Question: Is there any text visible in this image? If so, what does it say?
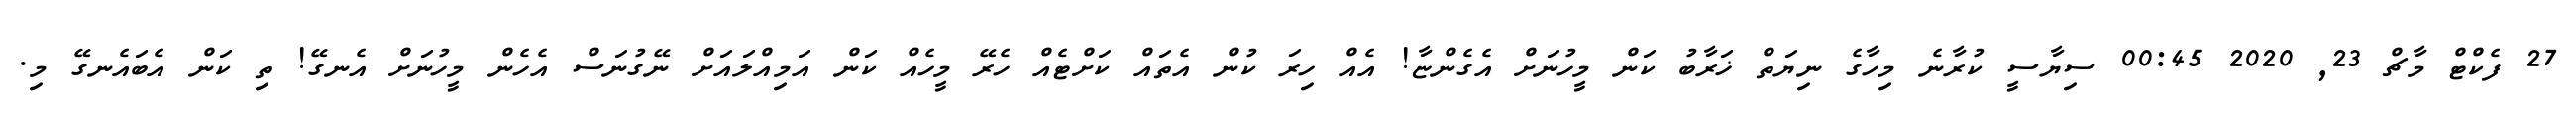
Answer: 27 ފެކްޓް މާޗް 23, 2020 00:45 ސިޔާސީ ކުރާނެ މިހާގެ ނިޔަތް ޚަރާބު ކަން މީހުނަށް އެގެންޏާ! އެއް ހިރަ ކުން އެތައް ކަށްޓެއް ހެރޭ މީހެއް ކަން އަމިއްލައަށް ނޭގުނަސް އެހެން މީހުނަށް އެނގޭ! ތި ކަން އެބައެނގޭ މި.